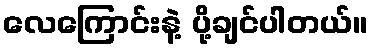
လေကြောင်းနဲ့ ပို့ချင်ပါတယ်။